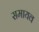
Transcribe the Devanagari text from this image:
समायव